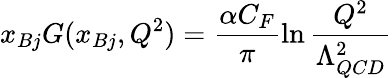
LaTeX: x_{Bj}G(x_{Bj},Q^{2})=\frac{\alpha C_{F}}{\pi}\ln\frac{Q^{2}}{\Lambda_{QCD}^{2}}